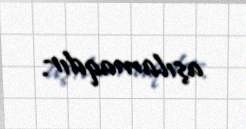
aşılamaqdır.